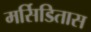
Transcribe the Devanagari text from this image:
मर्सिडितास